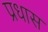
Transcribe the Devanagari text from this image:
प्रधास